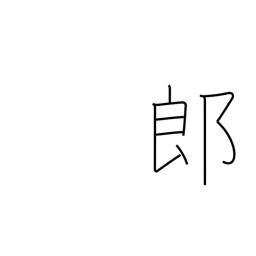
Meaning: counter for sons